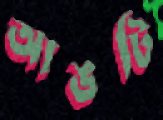
আঙটি